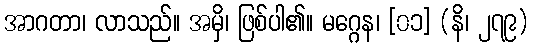
အာဂတာ၊ လာသည်။ အမှိ၊ ဖြစ်ပါ၏။ မဂ္ဂေန၊ [၀၁] (နိ၊ ၂၇၉)